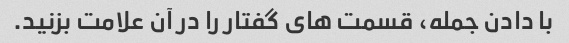
با دادن جمله، قسمت های گفتار را در آن علامت بزنید.